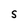
Character: S